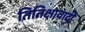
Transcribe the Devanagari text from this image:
तितिक्षावादी